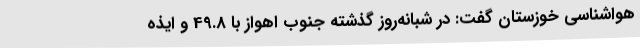
هواشناسی خوزستان گفت: در شبانه‌روز گذشته جنوب اهواز با 49.8 و ایذه